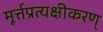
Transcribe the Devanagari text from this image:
मूर्त्तप्रत्यक्षीकरण्